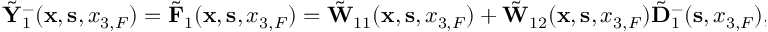
\begin{array} { r } { \tilde { \bf Y } _ { 1 } ^ { - } ( { { \bf x } } , { { \bf s } } , { x _ { 3 , F } } ) = \tilde { \bf F } _ { 1 } ( { { \bf x } } , { { \bf s } } , { x _ { 3 , F } } ) = \tilde { \bf W } _ { 1 1 } ( { { \bf x } } , { { \bf s } } , { x _ { 3 , F } } ) + \tilde { \bf W } _ { 1 2 } ( { { \bf x } } , { { \bf s } } , { x _ { 3 , F } } ) \tilde { \bf D } _ { 1 } ^ { - } ( { \bf s } , x _ { 3 , F } ) , } \end{array}